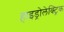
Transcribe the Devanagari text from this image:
हाइड्रोलेक्ट्रिक